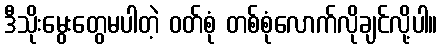
ဒီသိုးမွေးတွေမပါတဲ့ ဝတ်စုံ တစ်စုံလောက်လိုချင်လို့ပါ။